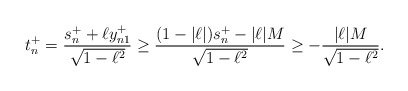
\begin{align*} t_n^+=\frac{s_n^+ +\ell y_{n1}^+}{\sqrt{1-\ell^2}}\geq \frac{(1-|\ell|)s_n^+-|\ell|M}{\sqrt{1-\ell^2}}\geq -\frac{|\ell|M}{\sqrt{1-\ell^2}}.\end{align*}